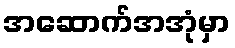
အဆောက်အအုံမှာ